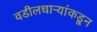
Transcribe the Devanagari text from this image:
वडीलधाऱ्यांकडून